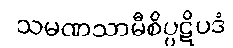
သမဏသာမီစိပ္ပဋိပဒံ